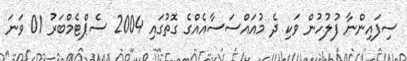
ސިފައިންނާ ފުލުހުން ވަކި ދެ މުއައްސަސާއެއްގެ ގޮތުގައި 2004 ސެޕްޓެމްބަރު 01 ވަނަ